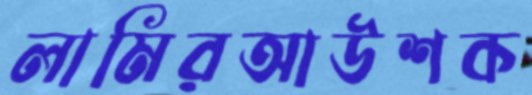
লামিরআউশক